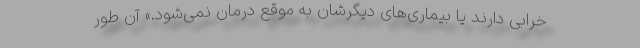
خرابی دارند یا بیماری‌های دیگرشان به‌ موقع درمان نمی‌شود.» آن‌ طور